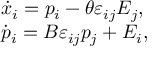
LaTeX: \begin{array} { l l } { { \dot { x } _ { i } = p _ { i } - \theta \varepsilon _ { i j } E _ { j } , } } \\ { { \dot { p } _ { i } = B \varepsilon _ { i j } p _ { j } + E _ { i } , } } \end{array}